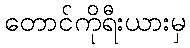
တောင်ကိုရီးယားမှ